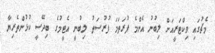
މެޗުގައި ވިކްޓަރީއަށް ލިބުނު އެންމެ ފުރަތަމަ ފުރުސަތު ލިބުނީ އެޓީމުގެ ބިދޭސީ ކުޅުންތެރިޔާ